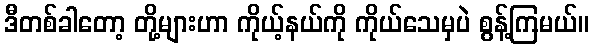
ဒီတစ်ခါတော့ တို့များဟာ ကိုယ့်နယ်ကို ကိုယ်သေမှပဲ စွန့်ကြမယ်။